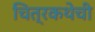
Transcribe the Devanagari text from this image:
चित्रकथेची